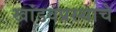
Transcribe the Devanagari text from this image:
खांडवप्रस्थाचे